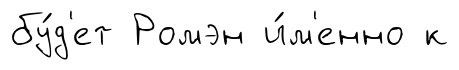
бу́д'ет Ромэн и́м'енно к